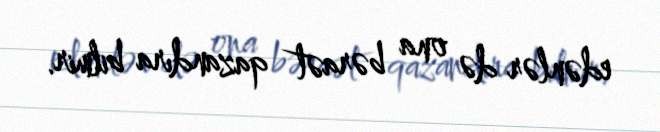
edənlər də ona bəraət qazandıra bilmir.